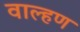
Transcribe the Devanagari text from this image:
वाल्हण